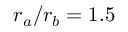
r _ { a } / r _ { b } = 1 . 5